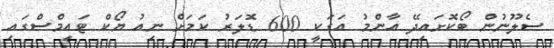
ސެލޫނުން ބޯކޮށައިދޭ އާންމު އަގަކީ 600 ޑޮލަރު ކަމަށް ނިއު ޔޯކް ޓައިމްސްގައި